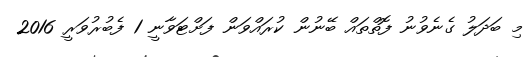
މި ބަދަލު ގެނެވުނު ފޮތްތައް ބޭނުން ކުރައްވަން ފަށްޓަވާނީ 1 ފެބުރުވަރީ 2016